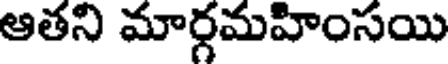
ఆతని మార్గమహింసయి